Report on sanitation, dispensaries, and jails in Rajputana for 1912, and on vaccination for the year 1912-1913 - 1912-1913
Year: 1912
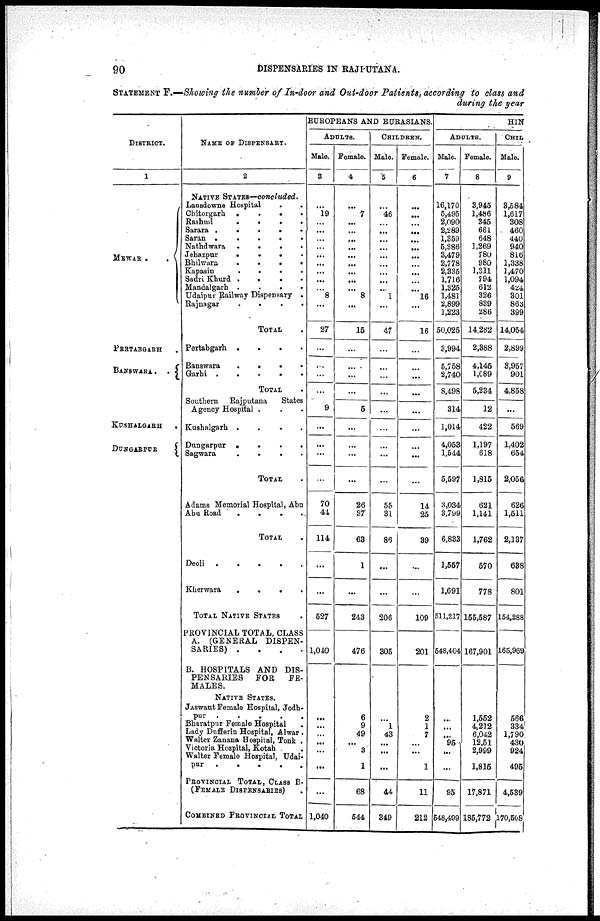
90
DISPENSARIES IN RAJPUTANA.
STATEMENT F.—Showing the number of In-door and Out-door Patients, according to class and
during the year
DISTRICT.
1
MEWAR .
.
PERTABGARH
BANSWARA.
.
KUSHALGARH
.
DUNGARPUR
NAME OF DISPENSARY.
2
NATIVE STATES—concluded.
Lansdowne Hospital . .
Chitorgarh
.
...
Rashmi
.
...
Sarara
.....
Saran
.....
Nathdwara
.
...
Jehazpur
.
...
Bhihwara
.
...
Kapasin
.
...
Sadri Khurd . ...
Mandalgarh
.
...
Udaipur Railway Dispensary .
Rajnagar
.
...
TOTAL .
Pertabgarh .
.
.
.
Banswara
.
.
.
.
Garhi
.
.
.
.
.
TOTAL .
Southern
Rajputana
States
Agency Hospital . . .
Kushalgarh .
.
.
.
Dungarpur
.
.
.
.
Sagwara
.
.
.
.
TOTAL .
Adams Memorial Hospital, Abu
Abu Road
.
.
.
.
TOTAL .
Deoli
.
.
.
.
.
Kherwara
.
.
.
.
TOTAL NATIVE STATES .
PROVINCIAL TOTAL, CLASS
A. (GENERAL DISPEN-
SARIES) .
B. HOSPITALS AND DIS-
PENSARIES
FOR
FE-
MALES.
NATIVE STATES.
Jaswant Female Hospital, Jodh¬
pur
. . . . .
Bharatpur Female Hospital
.
Lady Dufferin Hospital, Alwar
Walter Zanana Hospital, Tonk .
Victoria Hospital, Kotah
Walter Female Hospital Udai¬
pur
.
.
.
.
.
PROVINCIAL TOTAL, CLASS B.
(FEMALE DISPENSARIES)
COMBINED PROVINCIAL TOTAL
EUROPEANS AND EURASIANS.
ADULTS.
Male.
3
...
19
...
...
...
...
...
...
...
...
...
8
...
27
...
...
...
...
9
...
...
...
...
70
44
114
...
...
527
1,040
...
...
...
...
...
...
...
1,040
Female.
4
...
7
...
...
...
...
...
...
...
...
...
8
...
15
...
...
...
...
5
...
...
...
...
26
87
63
1
...
243
476
6
9
49
...
3
1
68
544
CHILDREN.
Male.
5
...
46
...
...
...
...
...
...
...
...
...
1
...
47
...
...
...
...
...
...
...
...
...
55
31
86
...
...
206
305
...
1
43
...
...
...
44
349
Female.
6
...
...
...
...
...
...
...
...
...
...
...
16
...
16
...
...
...
...
...
...
...
...
...
14
25
39
...
...
109
201
2
1
7
...
...
1
11
212
HIN
ADULTS.
Male.
7
16,170
5,495
2,090
2,289
1,359
5,386
3,479
2,778
2,335
1,716
1,325
1,481
2,899
1,223
50,025
3,994
5,758
2,740
8,498
314
1,014
4,053
1,544
5,597
3,034
3,799
6,833
1,557
1,691
511,217
548,404
...
...
...
95
...
...
95
548,499
Female.
8
3,945
1,486
345
661
648
1,269
780
980
1,311
794
612
326
839
286
14,282
2,388
4,145
1,089
5,234
12
422
1,197
618
1,815
621
1,141
1,762
570
778
155,587
167,901
1,552
4,212
6,042
12,51
2,999
1,815
17,871
185,772
CHIL
Male.
9
3,584
1,617
308
460
440
940
816
1,338
1,470
1,094
424
301
863
399
14,054
2,899
3,957
901
4,858
...
569
1,402
654
2,056
626
1,511
2,137
638
801
154,288
165,969
566
334
1,790
430
924
495
4,539
170,508